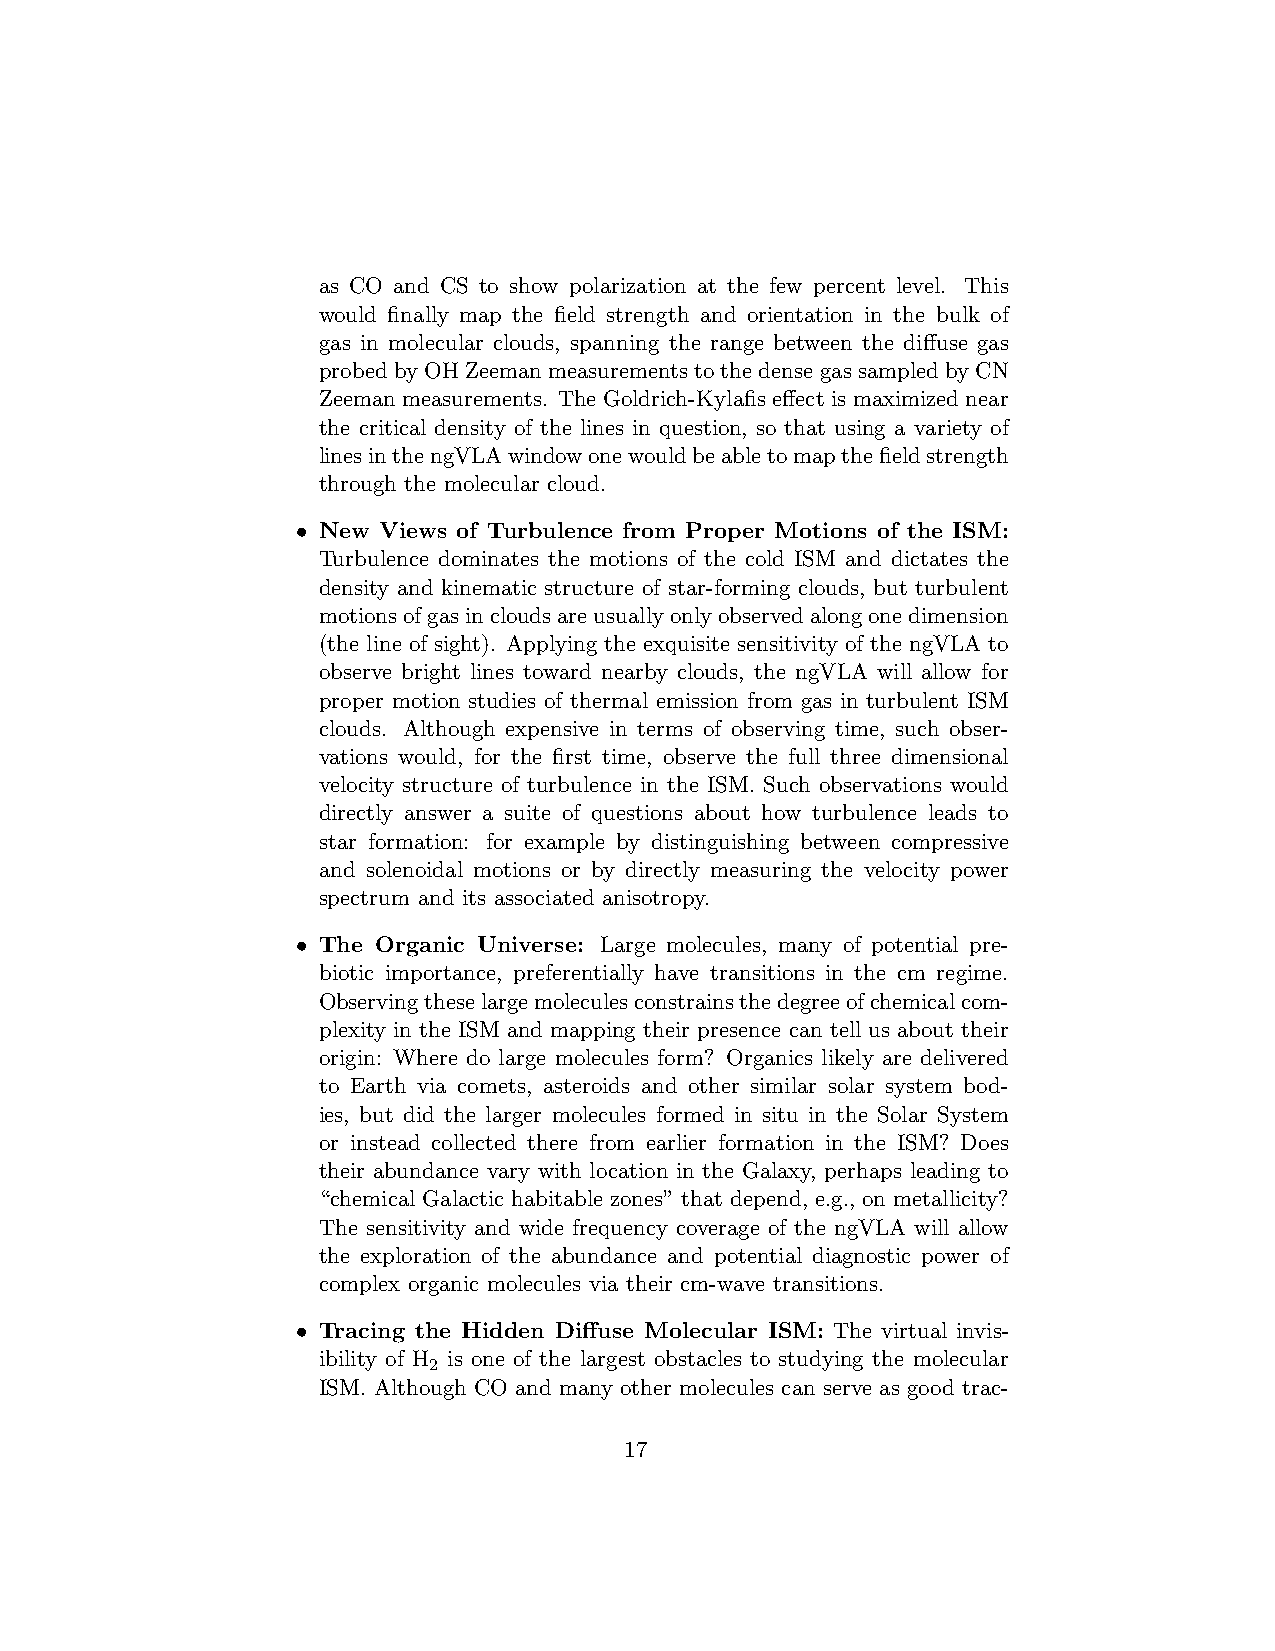
as CO and CS to show polarization at the few percent level. This
 would finally map the field strength and orientation in the bulk of
 gas in molecular clouds, spanning the range between the diffuse gas
 probed by OH Zeeman measurements to the dense gas sampled by CN
 Zeeman measurements. The Goldrich-Kylafis effect is maximized near
 the critical density of the lines in question, so that using a variety of
 linesinthengVLAwindowonewouldbeabletomapthefieldstrength
 through the molecular cloud.
 • New Views of Turbulence from Proper Motions of the ISM:
 Turbulence dominates the motions of the cold ISM and dictates the
 density and kinematic structure of star-forming clouds, but turbulent
 motionsofgasincloudsareusuallyonlyobservedalongonedimension
 (the line of sight). Applying the exquisite sensitivity of the ngVLA to
 observe bright lines toward nearby clouds, the ngVLA will allow for
 proper motion studies of thermal emission from gas in turbulent ISM
 clouds. Although expensive in terms of observing time, such obser-
 vations would, for the first time, observe the full three dimensional
 velocity structure of turbulence in the ISM. Such observations would
 directly answer a suite of questions about how turbulence leads to
 star formation: for example by distinguishing between compressive
 and solenoidal motions or by directly measuring the velocity power
 spectrum and its associated anisotropy.
 • The Organic Universe: Large molecules, many of potential pre-
 biotic importance, preferentially have transitions in the cm regime.
 Observingtheselargemoleculesconstrainsthedegreeofchemicalcom-
 plexity in the ISM and mapping their presence can tell us about their
 origin: Where do large molecules form? Organics likely are delivered
 to Earth via comets, asteroids and other similar solar system bod-
 ies, but did the larger molecules formed in situ in the Solar System
 or instead collected there from earlier formation in the ISM? Does
 their abundance vary with location in the Galaxy, perhaps leading to
 “chemical Galactic habitable zones” that depend, e.g., on metallicity?
 The sensitivity and wide frequency coverage of the ngVLA will allow
 the exploration of the abundance and potential diagnostic power of
 complex organic molecules via their cm-wave transitions.
 • Tracing the Hidden Diffuse Molecular ISM: The virtual invis-
 ibility of H is one of the largest obstacles to studying the molecular
 2
 ISM. Although CO and many other molecules can serve as good trac-
 17